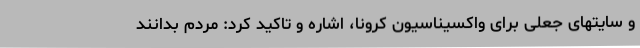
و سایتهای جعلی برای واکسیناسیون کرونا، اشاره و تاکید کرد: مردم بدانند